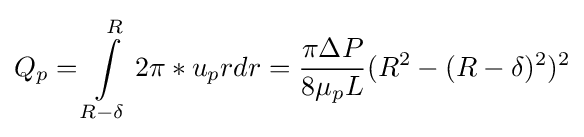
Q_{p}=\int \limits _{R-\delta }^{R}2\pi *u_{p}rdr={\frac {\pi \Delta P}{8\mu _{p}L}}(R^{2}-(R-\delta )^{2})^{2}